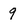
Character: 9